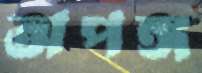
অপঙ্গ